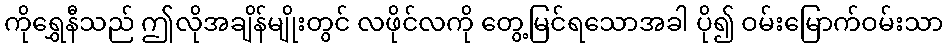
ကိုရွှေနီသည် ဤလိုအချိန်မျိုးတွင် လဖိုင်လကို တွေ့မြင်ရသောအခါ ပို၍ ဝမ်းမြောက်ဝမ်းသာ